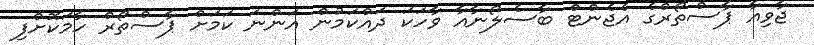
ޖާވިއާ ޕާސްތޯރްގެ އެޖެންޓް ބާސެލޯނާއާ ވާހަކަ ދައްކަމުން އަންނަ ކަމަށް ޕާސްތޯރް ހާމަކޮށްފި